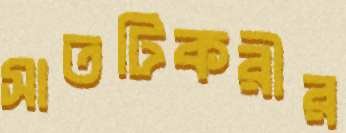
সাতটিকরীর